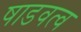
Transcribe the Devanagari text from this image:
षाडवत्व